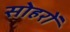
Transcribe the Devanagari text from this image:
सोहरों